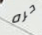
حره